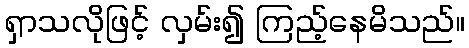
ရှာသလိုဖြင့် လှမ်း၍ ကြည့်နေမိသည်။